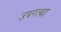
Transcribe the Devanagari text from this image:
उपरत्या